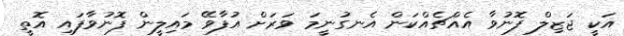
އަކީ ޖަޒިލް ފޮނުވާ އެއްޗެއްކަން އެނގުނީމަ ވަރަށް އުފާވޭ މައިލީން ފޮނުވާފައި އޮތީ